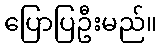
ပြောပြဦးမည်။